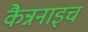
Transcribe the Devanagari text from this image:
कैन्ननाइच